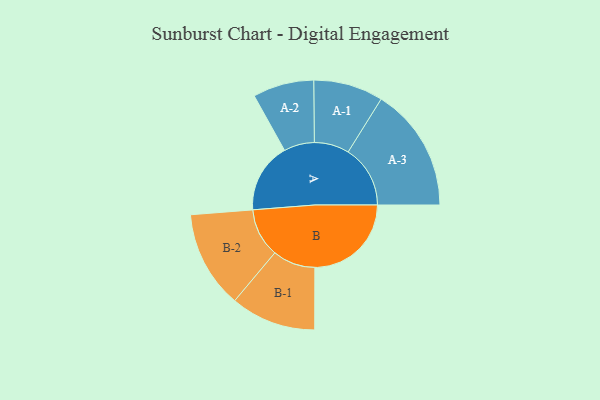
{"axis": {"x": "Segment", "y": "Value"}, "legend": ["", "A", "B"], "data": [{"x": "A", "y": 277, "type": ""}, {"x": "B", "y": 382, "type": ""}, {"x": "A-1", "y": 138, "type": "A"}, {"x": "A-2", "y": 121, "type": "A"}, {"x": "A-3", "y": 246, "type": "A"}, {"x": "B-1", "y": 169, "type": "B"}, {"x": "B-2", "y": 193, "type": "B"}]}